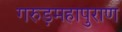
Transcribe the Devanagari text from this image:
गरुड़महापुराण